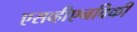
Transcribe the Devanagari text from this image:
एसव्हीएनविकी